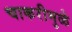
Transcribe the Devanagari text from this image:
चाकरीमुळे